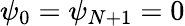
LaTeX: \psi_{0}=\psi_{N+1}=0